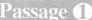
Passage ①